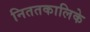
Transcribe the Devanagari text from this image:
निततकालिके